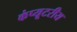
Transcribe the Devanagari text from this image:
कंप्यूटरीय